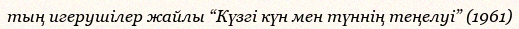
тың игерушілер жайлы “Күзгі күн мен түннің теңелуі” (1961)